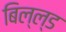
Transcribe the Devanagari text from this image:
बिल्ल्ड